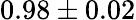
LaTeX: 0.98\pm 0.02